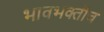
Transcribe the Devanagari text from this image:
भावभक्तीच